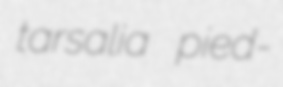
tarsalia pied-